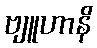
ဗျူဟာနိ